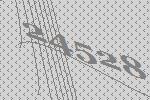
24528